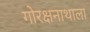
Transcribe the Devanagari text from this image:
गोरक्षनाथाला